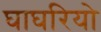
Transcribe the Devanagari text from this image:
घाघरियो